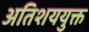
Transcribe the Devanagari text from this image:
अतिशययुक्त